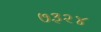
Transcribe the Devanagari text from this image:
७३२४